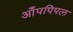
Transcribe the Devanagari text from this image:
आँपपिपल